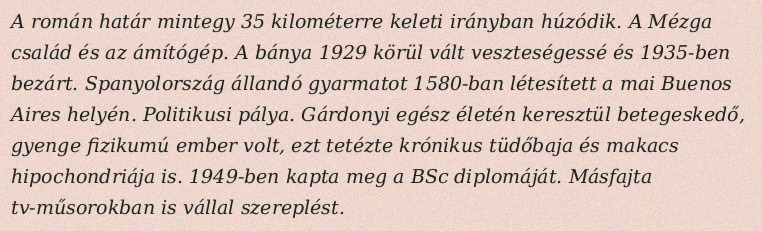
A román határ mintegy 35 kilométerre keleti irányban húzódik. A Mézga család és az ámítógép. A bánya 1929 körül vált veszteségessé és 1935-ben bezárt. Spanyolország állandó gyarmatot 1580-ban létesített a mai Buenos Aires helyén. Politikusi pálya. Gárdonyi egész életén keresztül betegeskedő, gyenge fizikumú ember volt, ezt tetézte krónikus tüdőbaja és makacs hipochondriája is. 1949-ben kapta meg a BSc diplomáját. Másfajta tv-műsorokban is vállal szereplést.